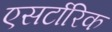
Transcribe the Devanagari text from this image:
एसर्टारिक